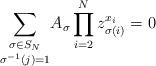
LaTeX: \begin{align*} \underset{\sigma^{-1}(j)=1}{\sum_{\sigma \in S_N}} A_{\sigma} \prod_{i =2}^{N} z_{\sigma(i)}^{x_i} =0 \end{align*}